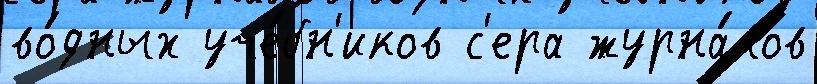
во́дных уче́бн'иков с'ера журна́лов